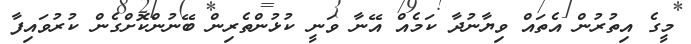
މީގެ އިތުރުން އެތައް ވިޔާނުދާ ކަމެއް އޭނާ ވަނީ ކުޅުންތެރިން ބޭނުންކޮށްގެން ކުރުވައިފާ